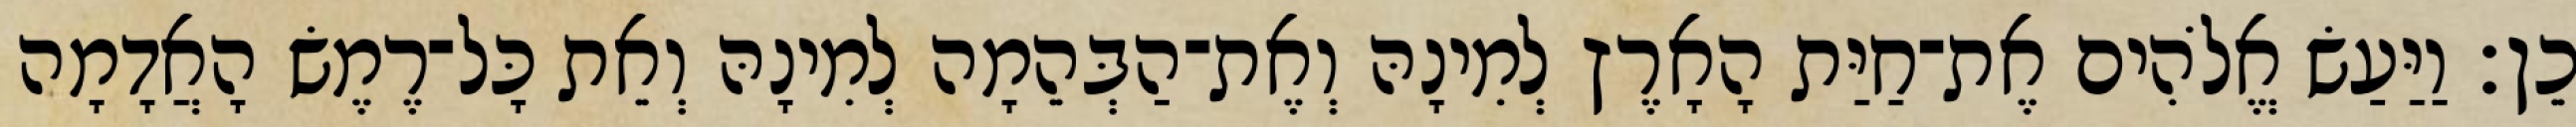
כֵן׃ וַיַּעַשׂ אֱלֹהִים אֶת־חַיַּת הָאָרֶץ לְמִינָהּ וְאֶת־הַבְּהֵמָה לְמִינָהּ וְאֵת כָּל־רֶמֶשׂ הָאֲדָמָה